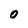
Character: 0